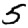
Digit: 5